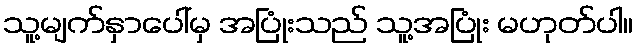
သူ့မျက်နှာပေါ်မှ အပြုံးသည် သူ့အပြုံး မဟုတ်ပါ။